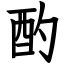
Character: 酌